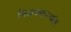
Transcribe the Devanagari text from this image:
मिळवणाऱ्यांत